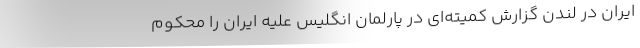
ایران در لندن گزارش کمیته‌ای در پارلمان انگلیس علیه ایران را محکوم